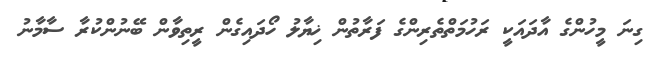
ގިނަ މީހުންގެ އާދައަކީ ރަހުމަތްތެރިންގެ ފަރާތުން ޚިޔާލު ހޯދައިގެން ރީތިވާން ބޭނުންކުރާ ސާމާނު